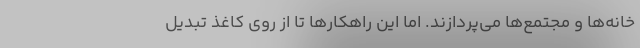
خانه‌ها و مجتمع‌ها می‌پردازند. اما این راهکارها تا از روی کاغذ تبدیل